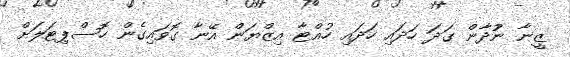
ޒީނާ ނުުދާން ގަދަ ހަދައި ހަދައި ހުއްޓާ އިޒްޔަން އޭނާ ގޮވައިގެން ހޮސްޕިޓަލަށް